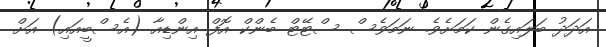
އަދަދު ބަލައިގެން ކަމަށެވެ. ނަމަވެސް ސްޓޭޓް ބެންކް އޮފް އިންޑިއާ (އެސްބީއައި) އަށް